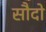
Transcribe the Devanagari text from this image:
सौदो